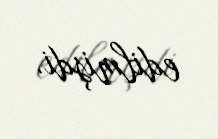
edilmişdi.